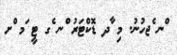
ްނ ެޖހުނު. މި ާދ ޑޮކްޓަރު ްނ ެގ ޓީ ަމ ްށ